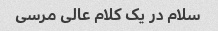
سلام در یک کلام عالی مرسی